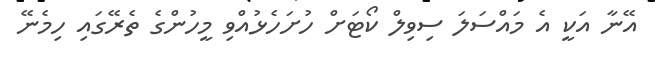
އޭނާ އަކީ އެ މައްސަލަ ސިވިލް ކޯޓަށް ހުށަހެޅުއްވި މީހުންގެ ތެރޭގައި ހިމެނޭ